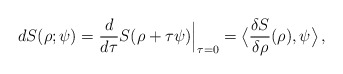
\begin{align*}d S (\rho ; \psi ) = \frac{d}{d\tau} S (\rho + \tau \psi ) \Big |_{\tau = 0} = \big \langle \frac{\delta S}{\delta \rho }(\rho) , \psi \big \rangle \, ,\end{align*}